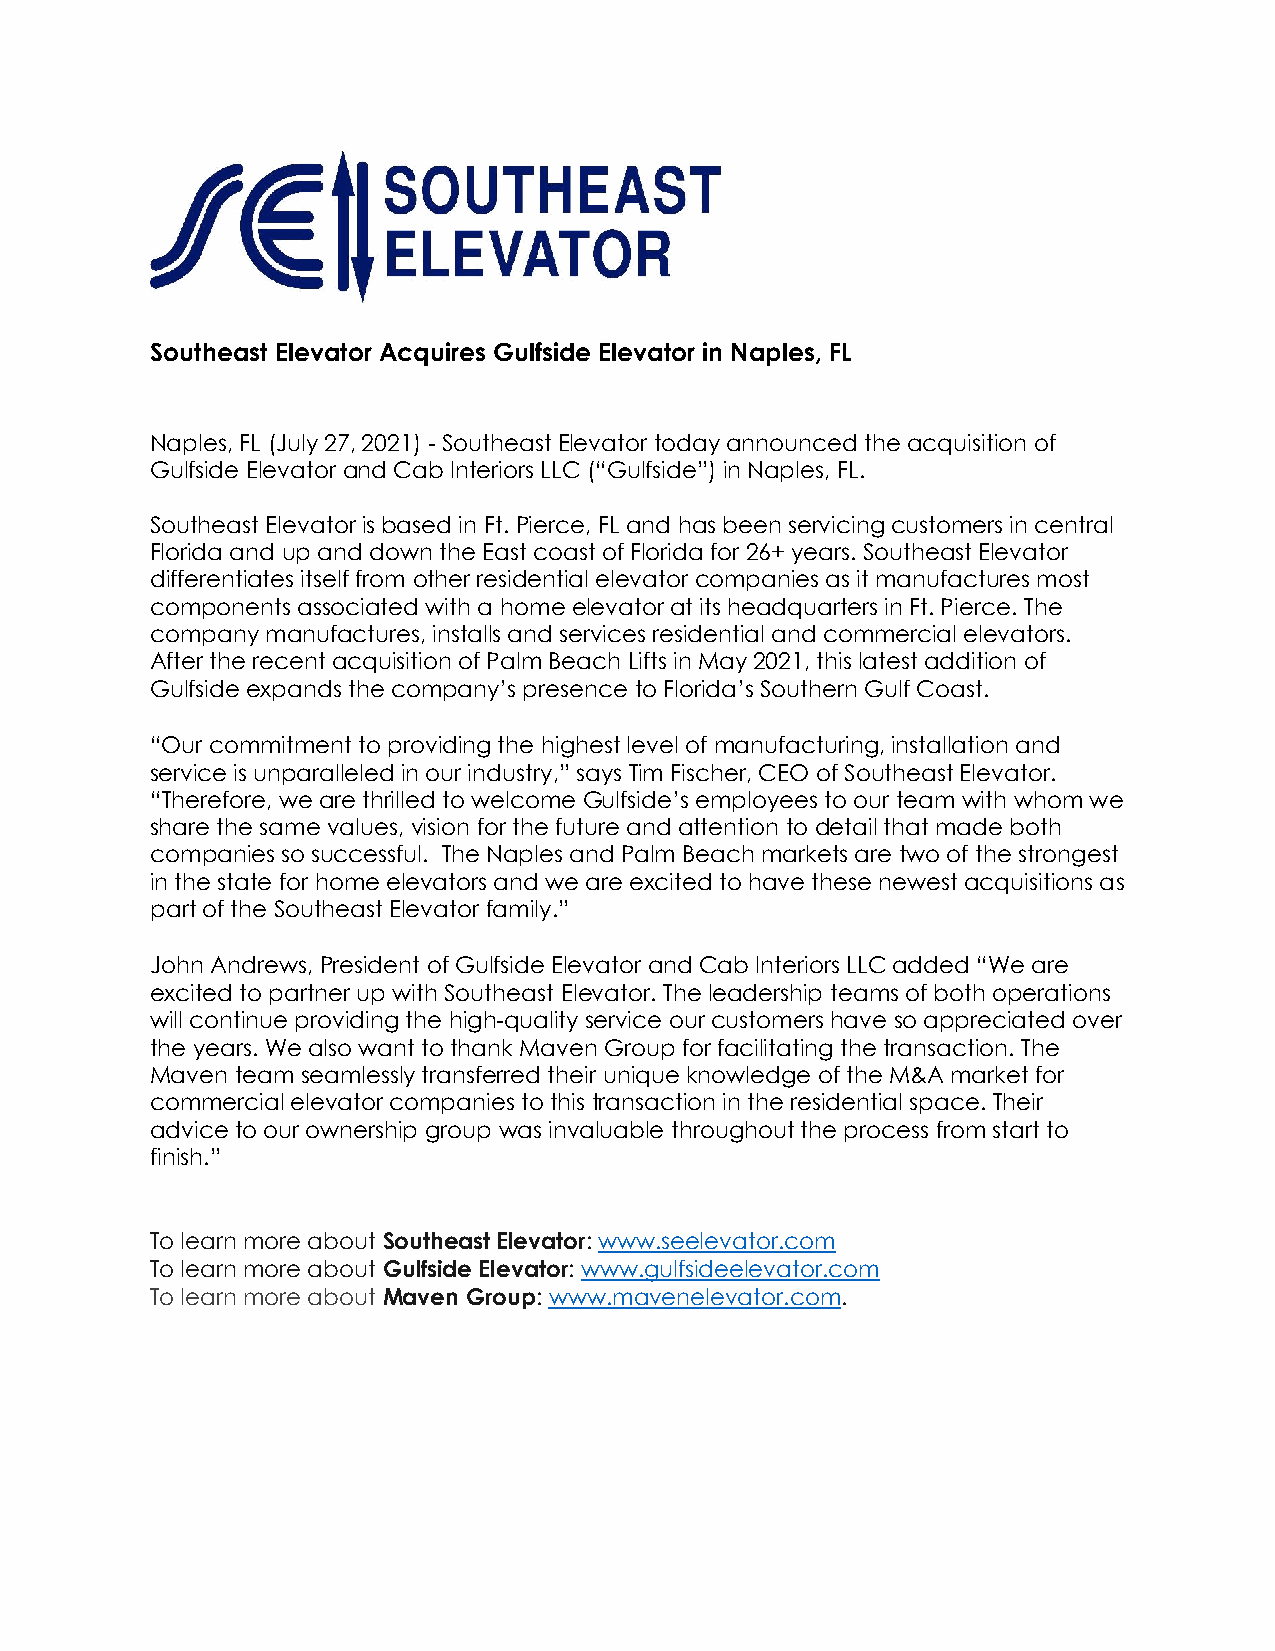
Southeast Elevator Acquires Gulfside Elevator in Naples, FL
 Naples, FL (July 27, 2021) - Southeast Elevator today announced the acquisition of
 Gulfside Elevator and Cab Interiors LLC (“Gulfside”) in Naples, FL.
 Southeast Elevator is based in Ft. Pierce, FL and has been servicing customers in central
 Florida and up and down the East coast of Florida for 26+ years. Southeast Elevator
 differentiates itself from other residential elevator companies as it manufactures most
 components associated with a home elevator at its headquarters in Ft. Pierce. The
 company manufactures, installs and services residential and commercial elevators.
 After the recent acquisition of Palm Beach Lifts in May 2021, this latest addition of
 Gulfside expands the company’s presence to Florida’s Southern Gulf Coast.
 “Our commitment to providing the highest level of manufacturing, installation and
 service is unparalleled in our industry,” says Tim Fischer, CEO of Southeast Elevator.
 “Therefore, we are thrilled to welcome Gulfside’s employees to our team with whom we
 share the same values, vision for the future and attention to detail that made both
 companies so successful. The Naples and Palm Beach markets are two of the strongest
 in the state for home elevators and we are excited to have these newest acquisitions as
 part of the Southeast Elevator family.”
 John Andrews, President of Gulfside Elevator and Cab Interiors LLC added “We are
 excited to partner up with Southeast Elevator. The leadership teams of both operations
 will continue providing the high-quality service our customers have so appreciated over
 the years. We also want to thank Maven Group for facilitating the transaction. The
 Maven team seamlessly transferred their unique knowledge of the M&A market for
 commercial elevator companies to this transaction in the residential space. Their
 advice to our ownership group was invaluable throughout the process from start to
 finish.”
 To learn more about Southeast Elevator: www.seelevator.com
 To learn more about Gulfside Elevator: www.gulfsideelevator.com
 To learn more about Maven Group: www.mavenelevator.com.